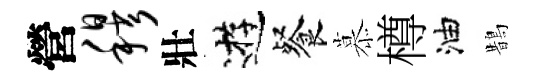
營穆壯逰餐慕樽油鵲